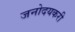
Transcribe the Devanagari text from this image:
जनोदयकरी